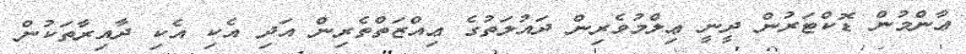
ޢާންމުން ޑޮކްޓަރުން ދީނީ ޢިލްމުވެރިން ދައުލަތުގެ ޢިއްޒަތްތެރިން އަދި އެކި އެކި ދާއިރާތަކުން